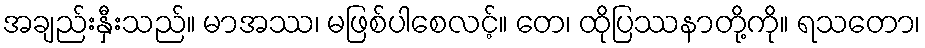
အချည်းနှီးသည်။ မာအဿ၊ မဖြစ်ပါစေလင့်။ တေ၊ ထိုပြဿနာတို့ကို။ ရသတော၊